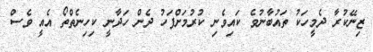
ޒިނޭކުރާ ދެމީހަކު ތައުބާނުވެ ކައިވެނި ކުރުމަށްފަހު ދެން ހަދާނީ ކިހިނެތްތޯ އެއީ ވެސް